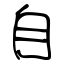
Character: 自